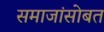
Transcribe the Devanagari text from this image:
समाजांसोबत